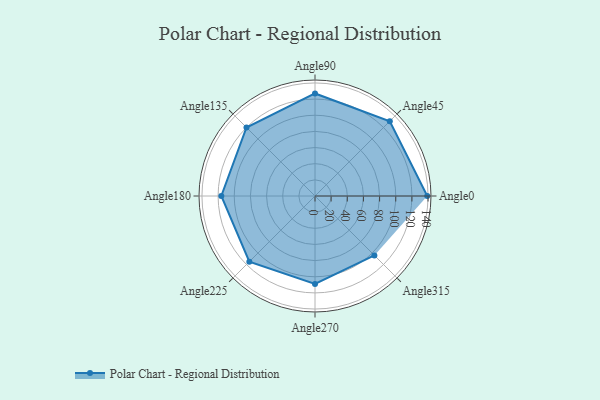
{"axis": {"x": "Angle", "y": "Radius"}, "legend": [""], "data": [{"x": "Angle0", "y": 139.0, "type": ""}, {"x": "Angle45", "y": 131.0, "type": ""}, {"x": "Angle90", "y": 127.0, "type": ""}, {"x": "Angle135", "y": 120.0, "type": ""}, {"x": "Angle180", "y": 116.0, "type": ""}, {"x": "Angle225", "y": 115.0, "type": ""}, {"x": "Angle270", "y": 109.0, "type": ""}, {"x": "Angle315", "y": 104.0, "type": ""}]}